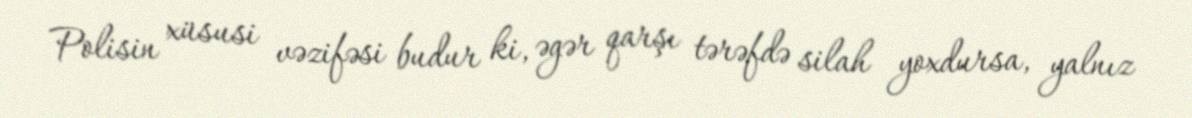
Polisin xüsusi vəzifəsi budur ki, əgər qarşı tərəfdə silah yoxdursa, yalnız